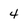
Character: 4